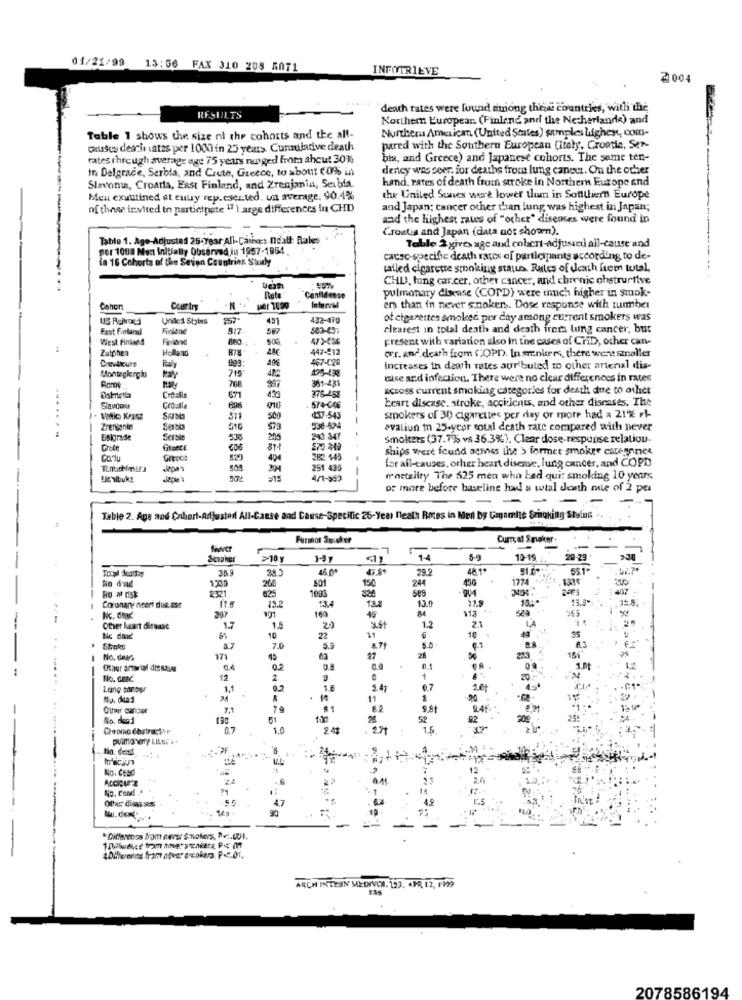
01/21/99 13:56 FAX 310 208 5071
INFOTRIEVE
death rates were found among these countries, with the
RESULTS
Northern Europear. (Finland and the Netherlande) and
Nurthera American (United States) samples highest, com-
Table 1 shows the size ni the cohorts and the all-
causes deache ates per 1000 in 25 years. Cumulative death
pared with the Southern European Citely, Croatia, Ser-
rates through average age 75 years nutged froma ahcut 30%
bis, and Greece) and Japanese cohorts. The same ten-
in Dalgrace, Serbia, and Crcte, Greece, to about $095 in
dency was ceer. for deaths from lung cancer. On the other
hand, rates of death from stroke in Northern Europe and
Slavoma, Croatia, East Finland, and Zrenjanin, Seibia.
Meu examined at euuy rep.csented. un average, 90.4%
the United Sunes were lower thum in Sottiliemn Europe
of these invited to participate 17 ) arge differences in CHD
and Japan: cancer other than lung was highest in Japan;
and the highest rates of "other" diseases were found in
Croatia and Japan (data not shown).
Tablo 1. Age-Adjusted 25-year All-Catis ndall Rales
per 1008 Men Initially Observed Ju 1957-1954
Table 2 gives age and cobert-Adjusted all-cause and
cause-specific death rates of participants according to de-
da 16 Cohorts of the Seven Countries Study
called cigarette smoking status. Rates of death from tutal,
CHU, long car.cer, other cancer, and chronic chstrurtive
..
pulmonary disease (COPD) were much higher in smok-
Confidence
Curly
Interval
ers than in never snokers. Dose response with tumber
United Styies
257
451
432-479
of cigarettes smoked per day among current smokers was
Fast Finland
817
583-457
clearest in total death and death from lung cancer, but
West Finland
Finland
473-436
present with variation also in the cases of ChiD, ocher can-
Zutphen
Holland
878
48C
447-812
Crevlicure
467-029
crr. and death from COPD. In smokers, there were smaller
italy
715
195-192
increases in death rates aur'buted to other arterial dis-
Monteglergão
else and infection. There were no clear differences in rates
768
381-431
across current smoking categories for death due to othet
671
433
875-458
heart disease. stroke, accidents, and other diseases. The
Slavooks
Cro.Al
410
574-046
511
500
437-543
-
smokers of 30 cigarettes per day or rpore had a 21% rl-
ZrENkanin
516
536-524
avaliun in 25.ycor total death rate compared with never
Balgrade
Serbin
243 347
smokers (37.7% vs. 36.3%). Clear dose-response relation-
GIGSCE
ships were found semves the > formet smoker careannes
Corlu
Grupos
820
404
28 145
for all-causes, orher heart disease, lung cancer, and COPD
251 435
Us vibuk!
Jepe
4/7-552
mortality The 525 men who bed qui: smoking 10 years
of more before baseline had a wtal Jenth mie of 2 pes
-
Table 2. Ape and Cohort-Adjusted All-Canse and Cause-Specific 26-Year Death Rotes in Men by Cagamhte Smoking Stelis .
Furmos Smucker
Curral Seusker.
River
Smaker
>10 y
14
5-9
10-19
20-29
>30
35 9
45 0+
39.2
48.1*
1200
456
1774
625
266
501
150
244
11.6
589
21.9
15.8*
15.8;
Coronary heart dux ase
207
13.2
13.4
13.8
13.0
M
Nc. dear
101
100
45
21
Other heart disease
1.7
1.5
3.St
1.2
Nc daid
10
22
11
10
Shake
3.7
7.0
No, dass
171
45
63
Other arterial die sacar
No. deac
2
1
Lung carlosr
1.1
02
1.6
1.41
0.7
10
11
-
Other caraer
7.1
79
$1
82
5.8t
24%
No. dead
100
26
52
0.7
1.0
2 41
:
1.6
pulmonary Laks. ..
No. destil
4
No. CELO
No. Cend
Other diew Rs
*Ditferenas from nersr S-noters, Pr .. LUI.
Difference fram atver ocoker P.C.D.
ARCH INTERN MEDICH. 193. APR 12, 199
2078586194